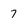
Character: 7